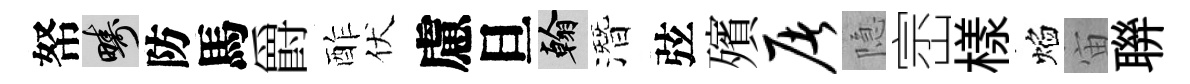
帑疇防馬爵酢伏慮旦翰潛弦殯屠隐崈樣焰宙聨